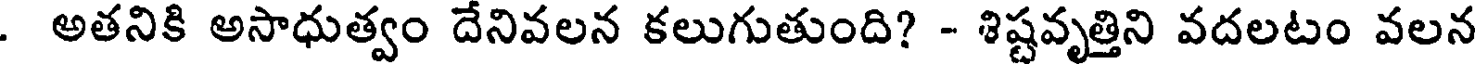
. అతనికి అసాధుత్వం దేనివలన కలుగుతుంది? - శిష్టవృత్తిని వదలటం వలన